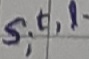
Text: s,t,l